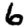
Digit: 6